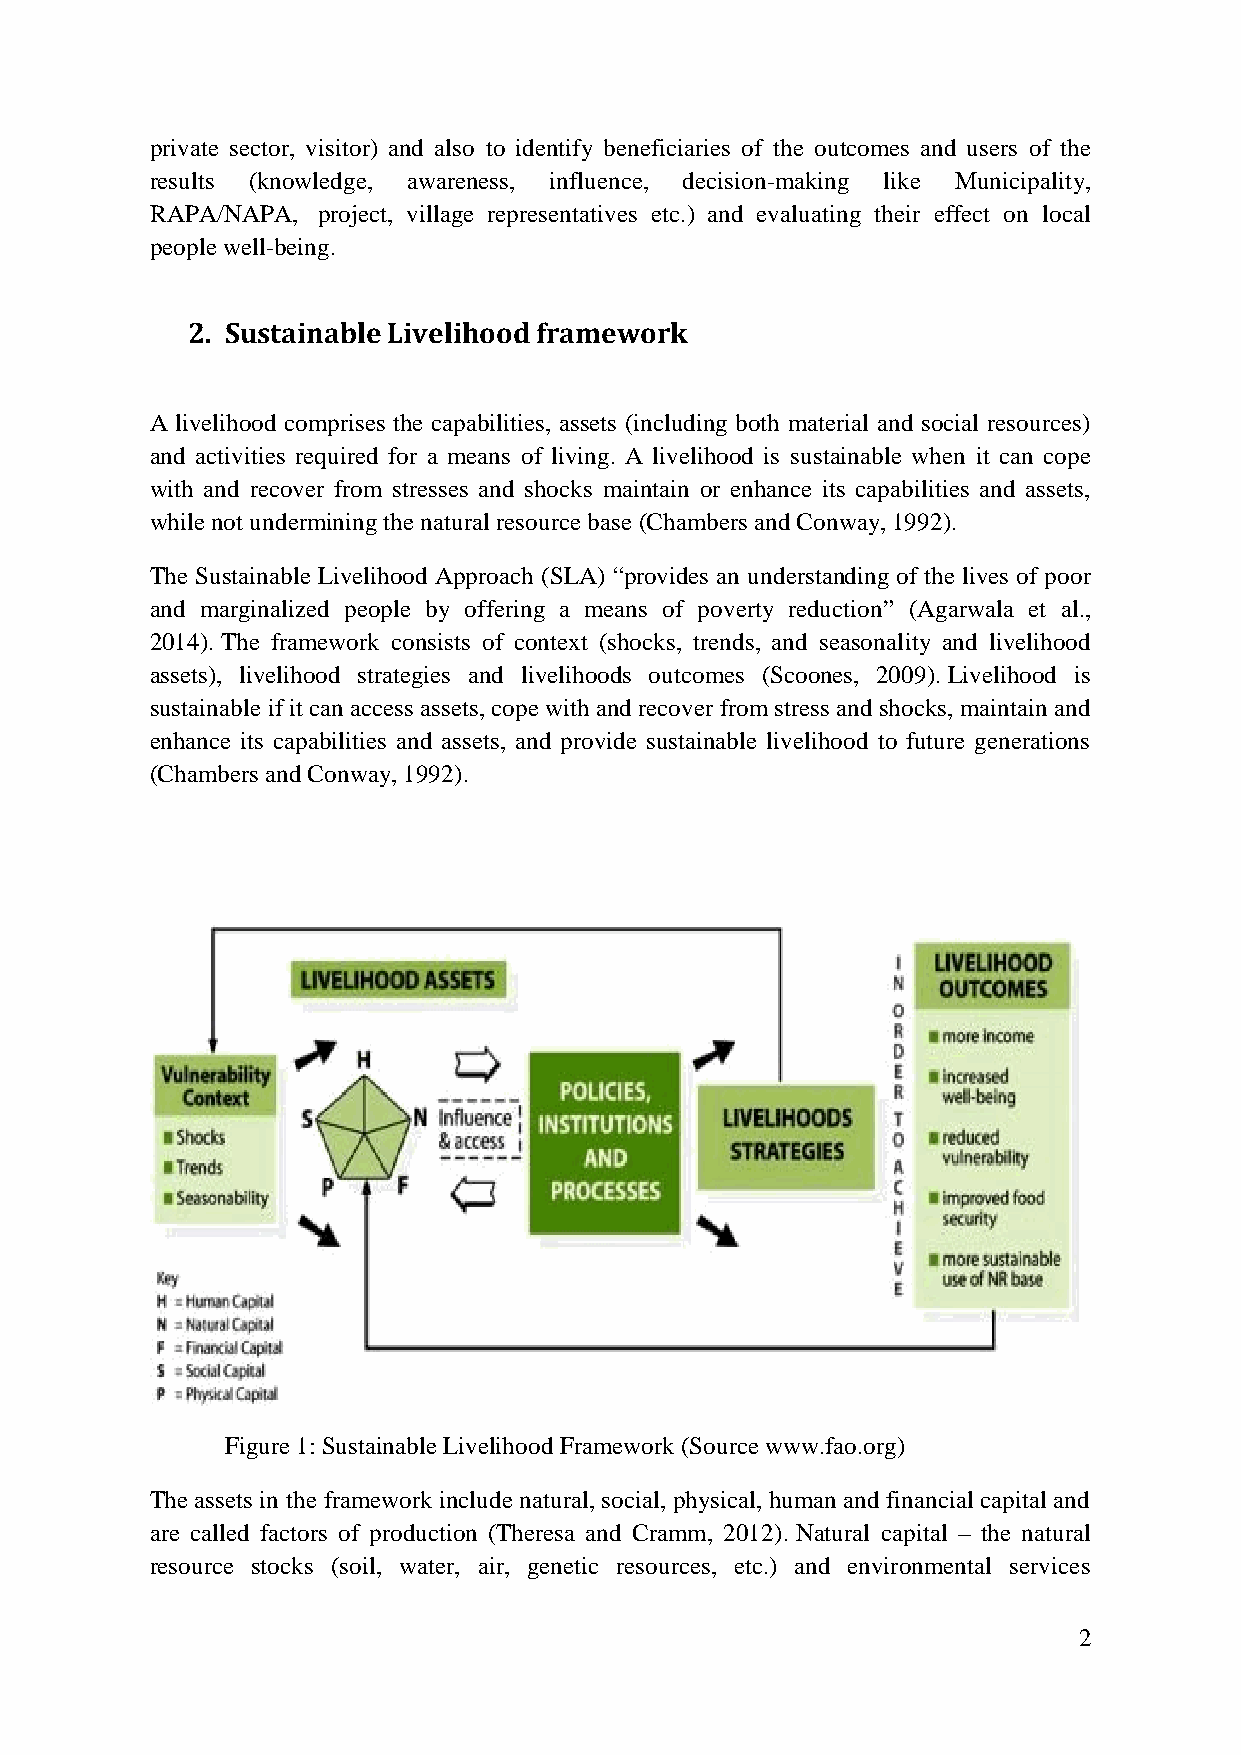
private sector, visitor) and also to identify beneficiaries of the outcomes and users of the
 results (knowledge, awareness, influence, decision-making like Municipality,
 RAPA/NAPA, project, village representatives etc.) and evaluating their effect on local
 people well-being.
 2. Sustainable Livelihood framework
 A livelihood comprises the capabilities, assets (including both material and social resources)
 and activities required for a means of living. A livelihood is sustainable when it can cope
 with and recover from stresses and shocks maintain or enhance its capabilities and assets,
 while not undermining the natural resource base (Chambers and Conway, 1992).
 The Sustainable Livelihood Approach (SLA) “provides an understanding of the lives of poor
 and marginalized people by offering a means of poverty reduction” (Agarwala et al.,
 2014). The framework consists of context (shocks, trends, and seasonality and livelihood
 assets), livelihood strategies and livelihoods outcomes (Scoones, 2009). Livelihood is
 sustainable if it can access assets, cope with and recover from stress and shocks, maintain and
 enhance its capabilities and assets, and provide sustainable livelihood to future generations
 (Chambers and Conway, 1992).
 Figure 1: Sustainable Livelihood Framework (Source www.fao.org)
 The assets in the framework include natural, social, physical, human and financial capital and
 are called factors of production (Theresa and Cramm, 2012). Natural capital – the natural
 resource stocks (soil, water, air, genetic resources, etc.) and environmental services
 2